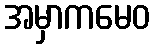
အမှာကမေဝ